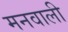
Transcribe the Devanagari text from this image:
मनवाली